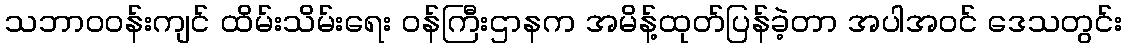
သဘာဝဝန်းကျင် ထိမ်းသိမ်းရေး ဝန်ကြီးဌာနက အမိန့်ထုတ်ပြန်ခဲ့တာ အပါအဝင် ဒေသတွင်း